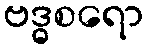
ဗဒ္ဓစရော